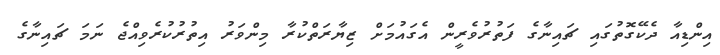
އިންޑިއާ ދެކޭގޮތުގައި ޗައިނާގެ ފަތުރުވެރީން އެގައުމަށް ޒިޔާރަތްކުރާ މިންވަރު އިތުރުކުރެވިއްޖެ ނަމަ ޗައިނާގެ